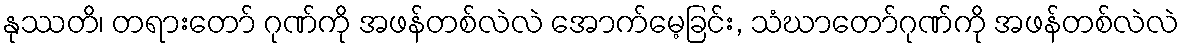
နုဿတိ၊ တရားတော် ဂုဏ်ကို အဖန်တစ်လဲလဲ အောက်မေ့ခြင်း, သံဃာတော်ဂုဏ်ကို အဖန်တစ်လဲလဲ